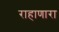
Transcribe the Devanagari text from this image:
राहाणारा